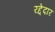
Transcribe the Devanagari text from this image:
रद्देदार